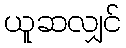
ယူဆလျှင်